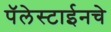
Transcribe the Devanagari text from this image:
पॅलेस्टाईनचे